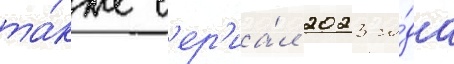
та́кже с'ер'иа́л 2023 го́да